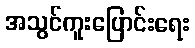
အသွင်ကူးပြောင်းရေး